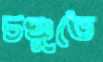
চঞ্চুতে